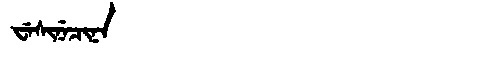
Manchu: ᠸᡝᠰᡳᠨᡝᠴᡳᠨᠠ
Romanization: WESINECINA